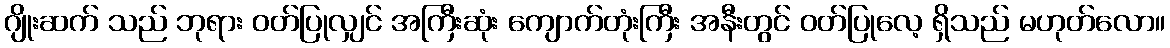
ဂျိုးဆက် သည် ဘုရား ဝတ်ပြုလျှင် အကြီးဆုံး ကျောက်တုံးကြီး အနီးတွင် ဝတ်ပြုလေ့ ရှိသည် မဟုတ်လော။